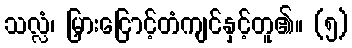
သလ္လံ၊ မြှားငြောင့်တံကျင်နှင့်တူ၏။ (၅)